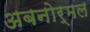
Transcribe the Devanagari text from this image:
अबनोर्मल